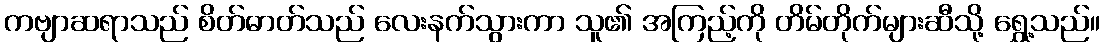
ကဗျာဆရာသည် စိတ်ဓာတ်သည် လေးနက်သွားကာ သူ၏ အကြည့်ကို တိမ်တိုက်များဆီသို့ ရွှေ့သည်။